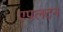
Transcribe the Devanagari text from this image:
एपलटन